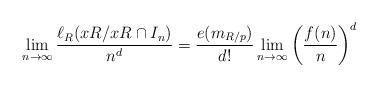
LaTeX: \begin{align*}\lim_{n\rightarrow \infty}\frac{\ell_R(xR/xR\cap I_n)}{n^d}=\frac{e(m_{R/p})}{d!}\lim_{n\rightarrow\infty}\left(\frac{f(n)}{n}\right)^d\end{align*}